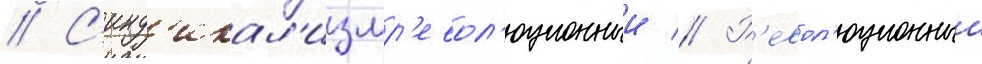
// С'инд'икал'измр'евол'юционныи // Р'евол'юционныи